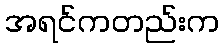
အရင်ကတည်းက